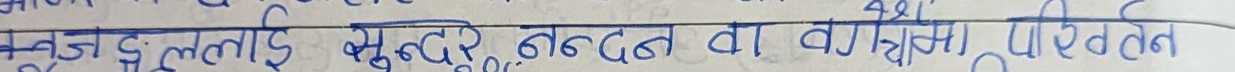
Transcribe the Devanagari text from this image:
कंजदुल्लई सुन्दर नन्दन वा वश्या पिरत्न